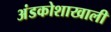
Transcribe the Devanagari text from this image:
अंडकोशाखाली